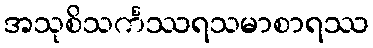
အသုစိသင်္ကဿရသမာစာရဿ